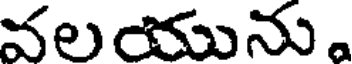
వలయును.